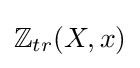
\mathbb {Z} _{tr}(X,x)